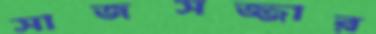
সাজসজ্জার